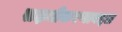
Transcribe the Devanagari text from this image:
सक्षमीकरणाबद्दल